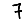
Digit: 7